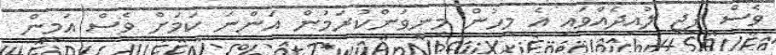
ވެސް ޕީޖީ ލުއިދެއްވައި އެ މީހުން މިނިވަންކުރަމުން އަންނަ ކަމަށް ވެސް އަމީން